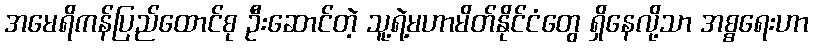
အမေရိကန်ပြည်ထောင်စု ဦးဆောင်တဲ့ သူ့ရဲ့မဟာမိတ်နိုင်ငံတွေ ရှိနေလို့သာ အစ္စရေးဟာ